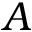
A